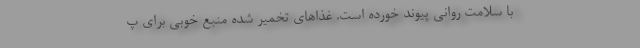
با سلامت روانی پیوند خورده است. غذاهای تخمیر شده منبع خوبی برای پ